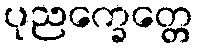
ပုညက္ခေတ္တေ